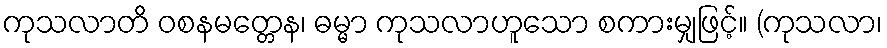
ကုသလာတိ ဝစနမတ္တေန၊ ဓမ္မာ ကုသလာဟူသော စကားမျှဖြင့်။ (ကုသလာ၊